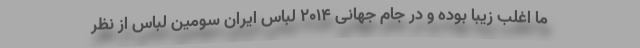
ما اغلب زیبا بوده و در جام جهانی ۲۰۱۴ لباس ایران سومین لباس از نظر